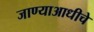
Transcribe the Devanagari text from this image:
जाण्याआधीचे